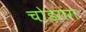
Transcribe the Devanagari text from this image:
चोडगंग